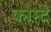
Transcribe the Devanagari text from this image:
कोम्टे